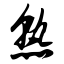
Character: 熟